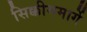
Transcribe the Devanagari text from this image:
सिक्कीममार्गे